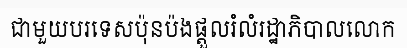
ជាមួយបរទេសប៉ុនប៉ងផ្តួលរំលំរដ្ឋាភិបាលលោក